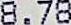
8.78